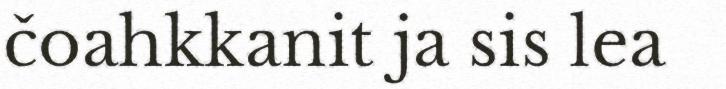
čoahkkanit ja sis lea